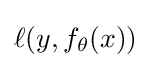
\ell (y,f_{\theta }(x))